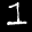
Label: 1